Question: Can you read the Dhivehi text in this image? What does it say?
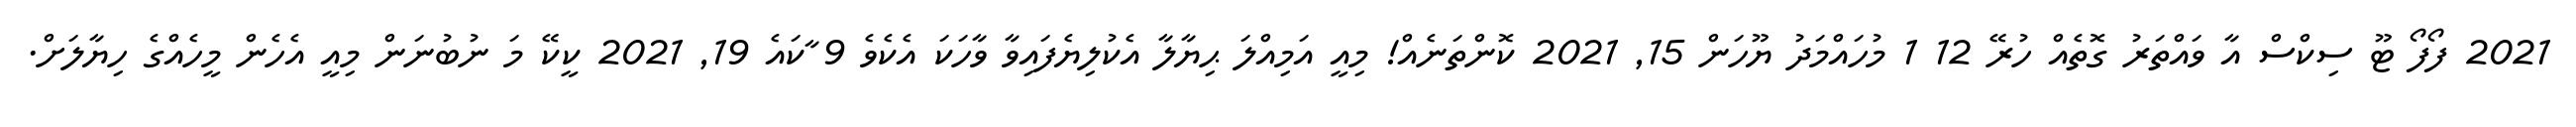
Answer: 2021 ފޯފޯ ޓޫ ސިކްސް އާ ވައްތަރު ގޮތެއް ހުރޭ 12 1 މުހައްމަދު ޔޫހަން 15, 2021 ކޮންތަނެއް! މިއީ އަމިއްލަ ޙިޔާލާ އެކުލިޔެފައިވާ ވާހަކަ އެކެވެ 9 ާކައެ 19, 2021 ކީކޭ މަ ނުބުނަން މިއީ އެހެން މީހެއްގެ ހިޔާލަށް.